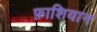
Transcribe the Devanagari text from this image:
फ़ाशियान